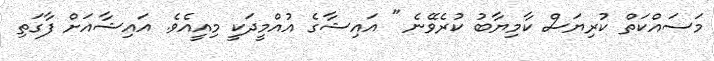
މަސައްކަތް ކުރިޔަސް ކާމިޔާބު ކުރެވޭނެ " އައިޝާގެ އުއްމީދަކީ މިއީއެވެ. އައިޝާއަށް ފާގަތި